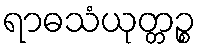
ရာဓသံယုတ္တဉ္စ